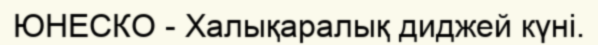
ЮНЕСКО - Халықаралық диджей күні.